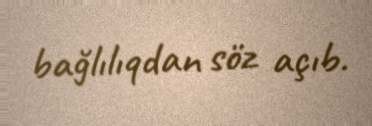
bağlılıqdan söz açıb.